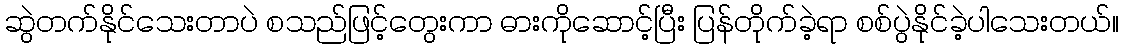
ဆွဲတက်နိုင်သေးတာပဲ စသည်ဖြင့်တွေးကာ ဓားကိုဆောင့်ပြီး ပြန်တိုက်ခဲ့ရာ စစ်ပွဲနိုင်ခဲ့ပါသေးတယ်။